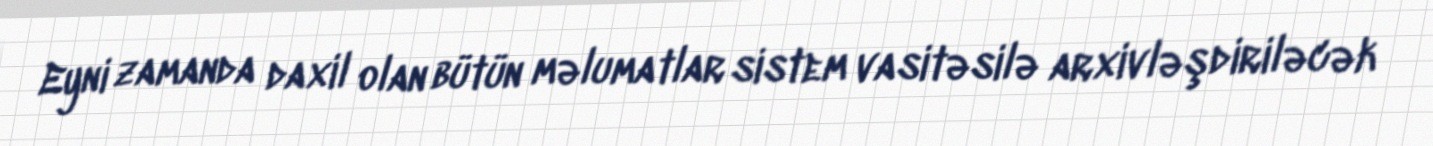
Eyni zamanda daxil olan bütün məlumatlar sistem vasitəsilə arxivləşdiriləcək